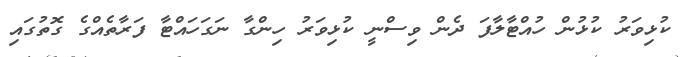
ކުޅިވަރު ކުޅުން ހުއްޓާލާފަ ދެން ވިސްނީ ކުޅިވަރު ހިންގާ ނަގަހައްޓާ ފަރާތެއްގެ ގޮތުގައި